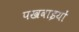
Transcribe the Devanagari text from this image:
पखवाइयों